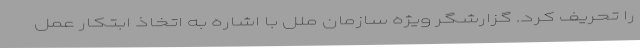
را تحریف کرد. گزارشگر ویژه سازمان ملل با اشاره به اتخاذ ابتکار عمل